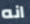
انه